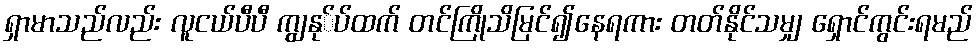
ရှာမာသည်လည်း လူငယ်ပီပီ ကျွနု်ပ်ထက် တင်ကြိုသိမြင်၍နေရကား တတ်နိုင်သမျှ ရှောင်ကွင်းရမည်